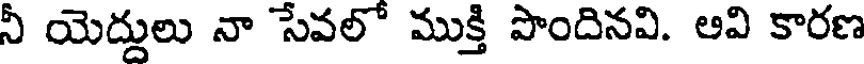
నీ యెద్దులు నా సేవలో ముక్తి పొందినవి. ఆవి కారణ